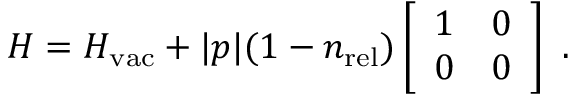
H = H _ { \mathrm { v a c } } + | p | ( 1 - n _ { \mathrm { r e l } } ) \left[ \begin{array} { c c } { { 1 } } & { { 0 } } \\ { { 0 } } & { { 0 } } \end{array} \right] ~ .